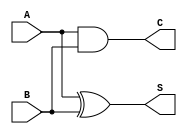
module current_mode_half_adder (
    input wire A,  // First input bit
    input wire B,  // Second input bit
    output wire S, // Sum output
    output wire C  // Carry output
);

// Internal signals for current representation (abstracted)
wire current_A; // Represents current level for A
wire current_B; // Represents current level for B

// Logic for Sum (S = A XOR B)
assign S = A ^ B; // XOR operation for sum

// Logic for Carry (C = A AND B)
assign C = A & B; // AND operation for carry

endmodule